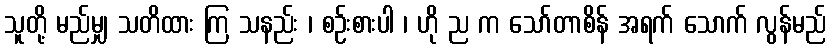
သူတို့ မည်မျှ သတိထား ကြ သနည်း ၊ စဉ်းစားပါ ၊ ဟို ည က သော်တာစိန် အရက် သောက် လွန်မည်